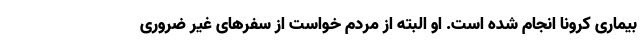
بیماری کرونا انجام شده است. او البته از مردم خواست از سفرهای غیر ضروری